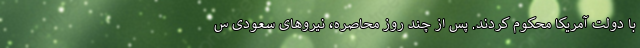
با دولت آمریکا محکوم کردند. پس از چند روز محاصره، نیروهای سعودی س